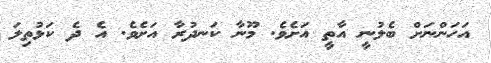
އަހަންނަށް ބެލުނީ އާތީ އަށެވެ. މޫނާ ކަނދުރާ އަށެވެ. އެ ދެ ކަޅުތިލަ